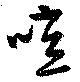
噫